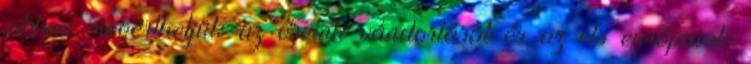
jobban megérthetjük az őseink vándorlását és az els európaiak